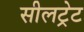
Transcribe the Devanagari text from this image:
सीलट्रेट